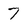
Character: 7